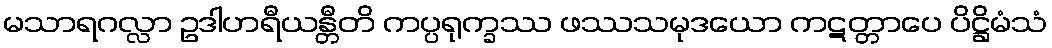
မသာရဂလ္လာ ဥဒါဟရီယန္တီတိ ကပ္ပရုက္ခဿ ဖဿသမုဒယော ကဋတ္တာပေ ပိဋ္ဌိမံသံ